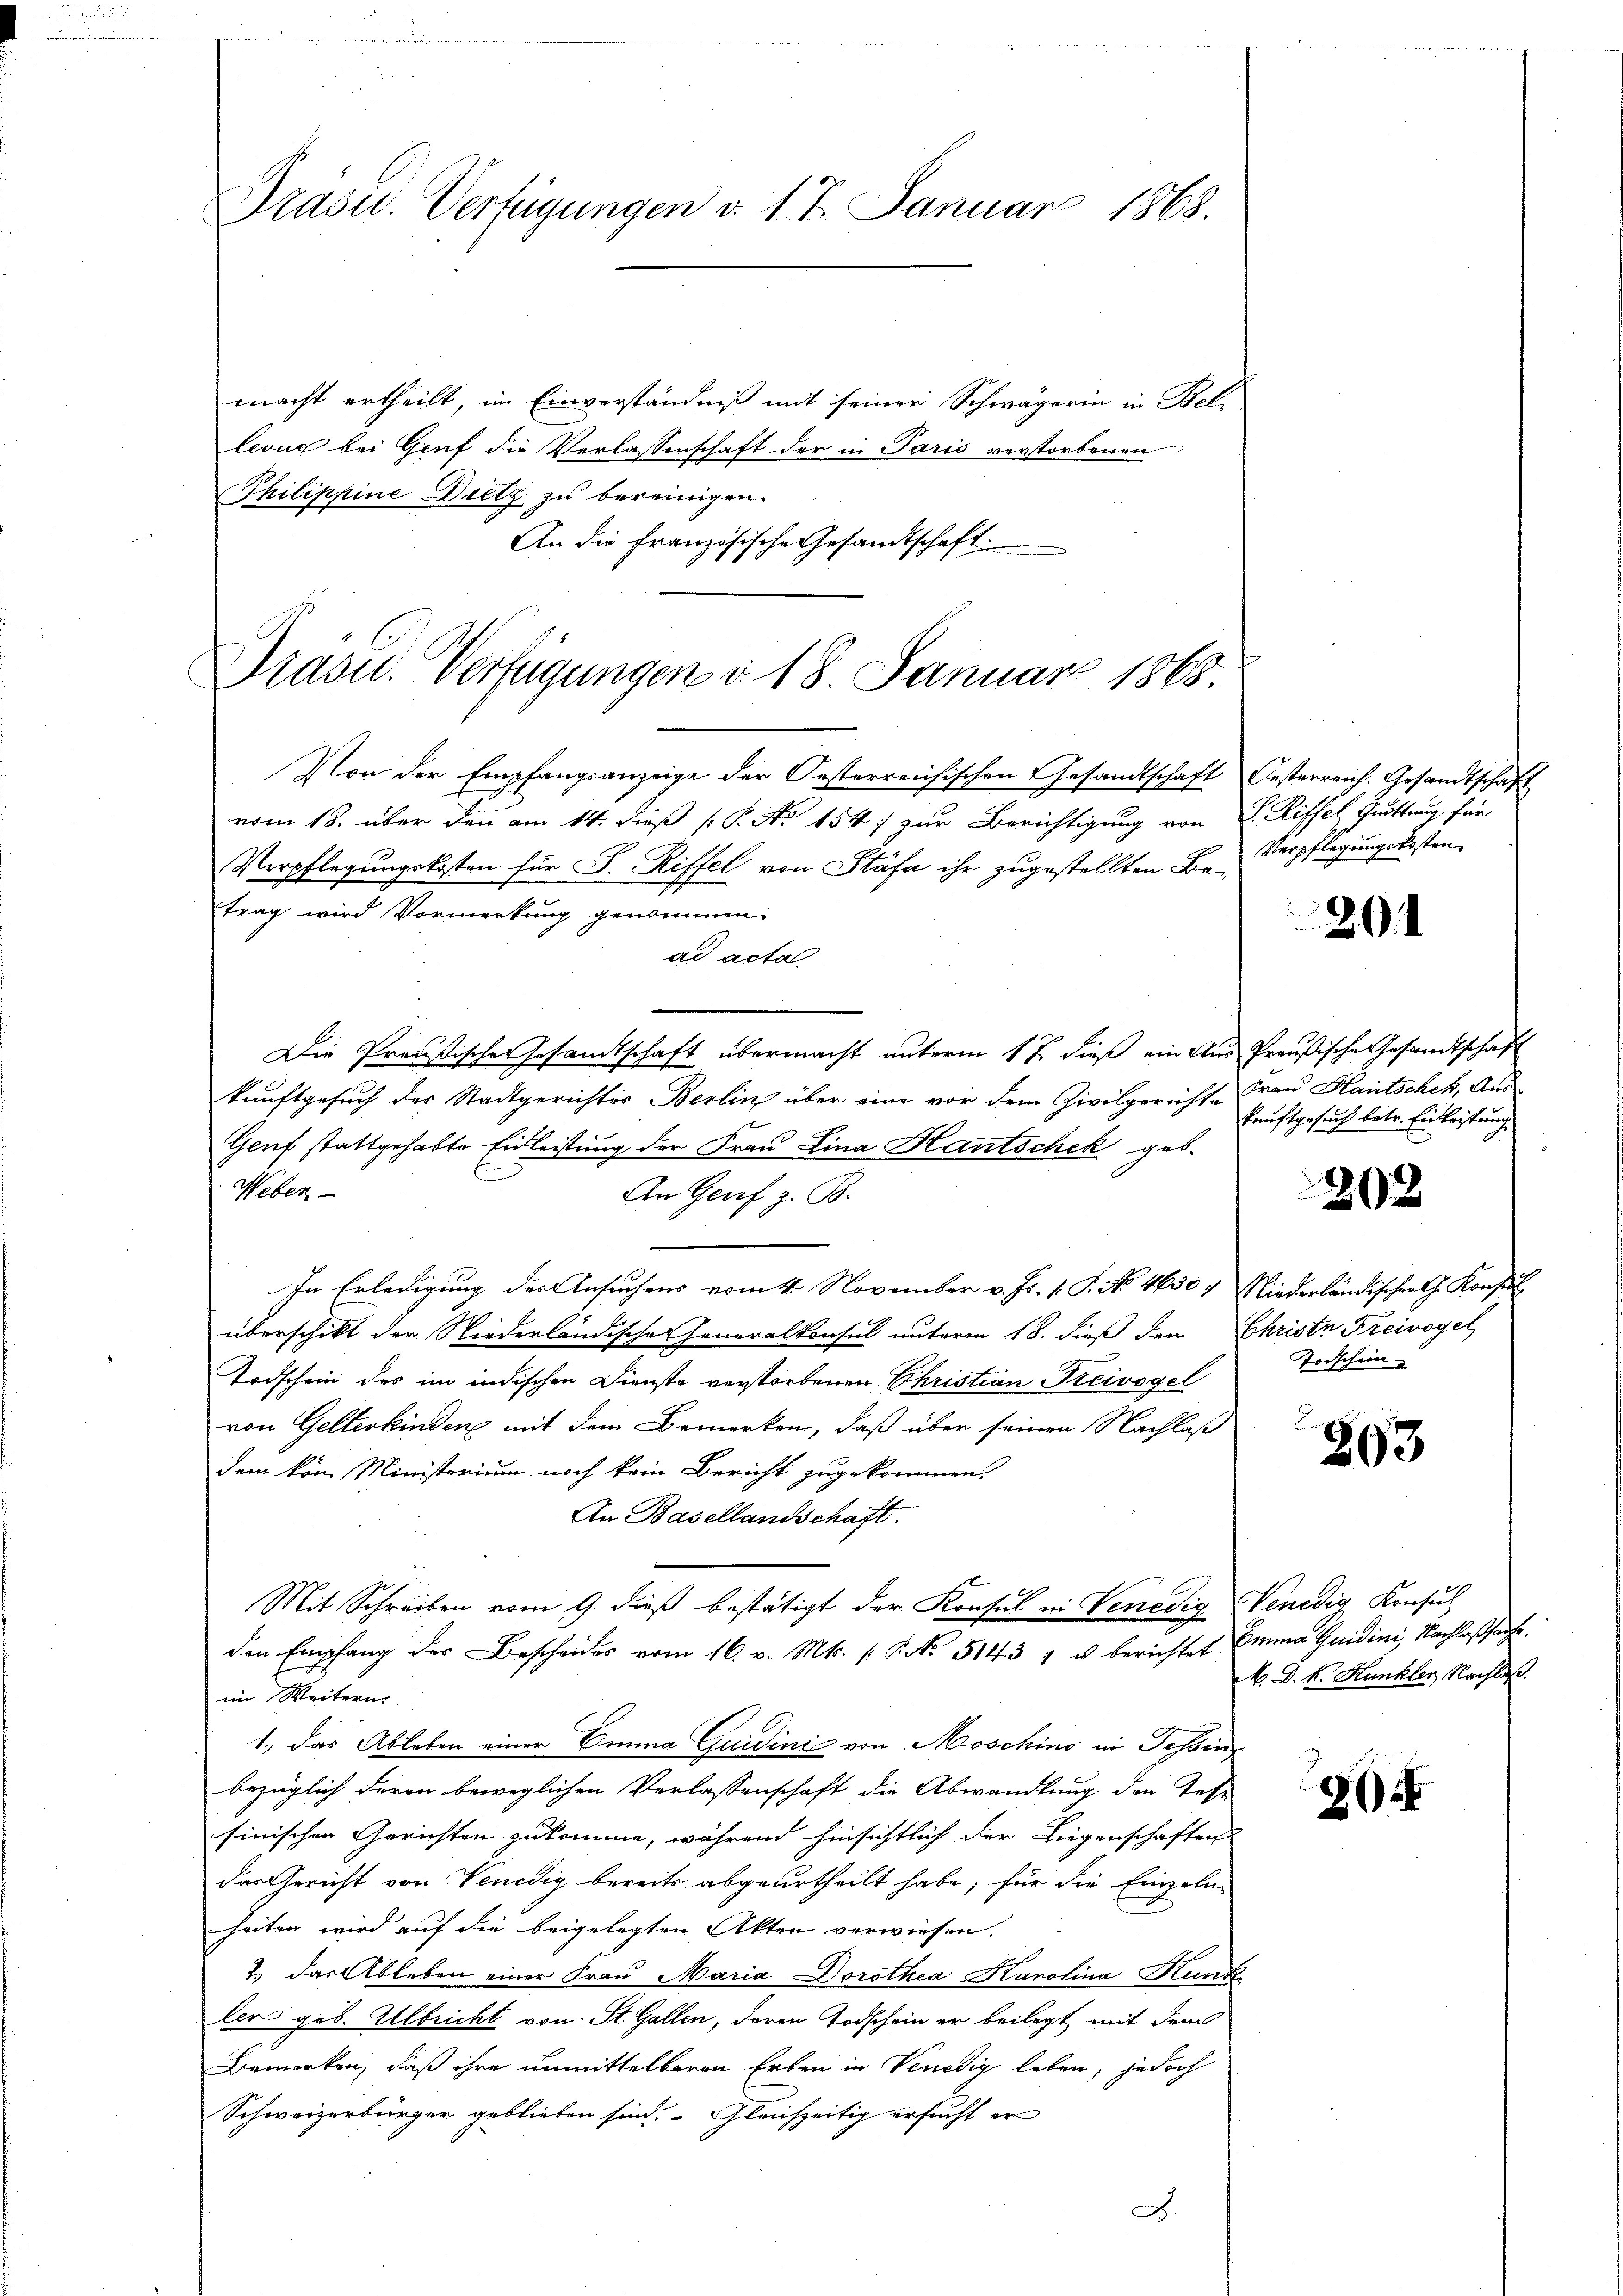
Präsid.. Verfügungen d. 17. Januar 1868.

macht ertheilt, im Einverständniß mit seiner Schwägerin in Bel-
levue bei Genf die Verlassenschaft der in Paris verstorbenen
Thilippine Dietz zu bereinigen.
An die französische Gesandtschaft.

Präsid.. Verfügungen d. 18. Januar 1868

Von der Empfangsanzeige der Oesterreichischen Gesandtschaft Oesterreich. Gesandtschaft
vom 18. über den am 14. dieß P. No 1547 zur Berichtigung von S. Riffel Quittung für
Verpflegungskosten für S. Riffel von Stäfa ihr zugestellten Betrag wird Vormerkung genommen.
ad acta
Die Preußischer Gesandtschaft übermacht unterm 17. dieß ein Aus Preußische Gesandtschaft
kunftgesuch der Stadtgerichtes Berlin über eine vor dem Zivilgerichte Frau Hautschek, Aus-
Genf stattgehabte Einleistung der Frau Lina Hantschek geb.
Weber
An Genf z. B.
e
In Erledigung der Ansuchens vom 4. November v. Js. v. P. No. 4630 4 Niederländischer G. Konsul
überschikt der Niederländische Generalkonsul unterm 18. dieß den Christe Freivogel,
Todschein des im indischen Dienste verstorbenen Ehristian Preivogel
von Gelterkinden mit dem Bemerken, daß über seinen Nachlaß
dem vom Ministerium noch kein Bericht zugekommen.
An Basellandschaft
Mit Schreiben vom 9. dieß bestätigt der Konsul in Venedig endig Konsul
den Empfang der Bescheides vom 16. v. Mts. s. S. 5143 " u berichtet Emma Gaidini, Nachlaßhause.
im Weitern.
1., das Ableben einer Emma Quidinić von Moschino in Tessin
bezüglich deren beweglichen Verlassenschaft die Abwandlung den Tes-
sinischen Gerichten zukomme, während hinsichtlich der Liegenschaften
das Gericht von Venedig bereits abgeurtheilt habe; für die Einzelne
heiten wird auf die beigelegten Akten verwiesen.
2.) Das Ableben einer Frau Maria Dorothea Karolina Kunk
lers geb. Albricht von St. Gallen, deren Todschein er beilegt mit dem
Bemerken, daß ihre unmittelbaren Erben in Venedig leben, jedoch
Schweizerbürger geblieben sind. Gleichzeitig ersucht er
J

Verpflegungskosten.

201

kunftgesuch betr. Einleistung

202

Vorschein

293

M. D. R. Hunkler Nachlaß.

2